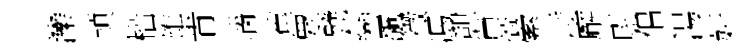
灤頴榴雄肯瑙蕉眾甓巒飆徵馮憇晁縈诗廨尉佀湯妍